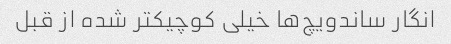
انگار ساندویچ‌ها خیلی کوچیکتر شده از قبل